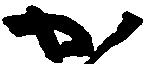
か